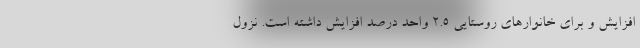
افزایش و برای خانوارهای روستایی ٢.٥ واحد درصد افزایش داشته است. نزول